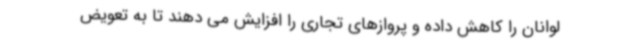
لوانان را کاهش داده و پروازهای تجاری را افزایش می دهند تا به تعویض